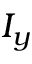
I _ { y }